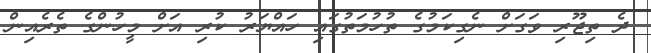
ދެ ތިޖޫރި ވަގަށް ނެގިކަމުގެ ތުހުމަތުގައި ހައްޔަރު ކުރި އަށް މީހުންގެ ތެރެއިން